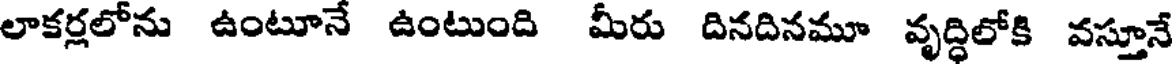
లాకర్లలోను ఉంటూనే ఉంటుంది మీరు దినదినమూ వృద్ధిలోకి వస్తూనే